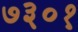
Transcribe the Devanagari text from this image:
७३०१